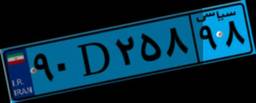
۹۰D۲۵۸۹۸